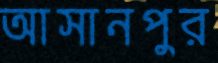
আসানপুর